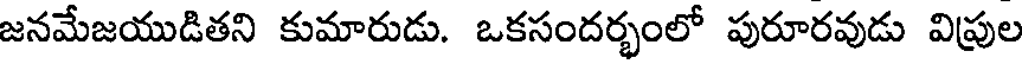
జనమేజయుడితని కుమారుడు. ఒకసందర్భంలో పురూరవుడు విప్రుల